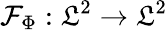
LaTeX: \mathcal{F}_{\Phi}:\mathfrak{L}^{2}\to\mathfrak{L}^{2}